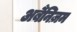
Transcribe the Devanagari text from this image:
अर्बैनिज़म